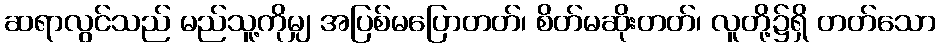
ဆရာလွင်သည် မည်သူ့ကိုမျှ အပြစ်မပြောတတ်၊ စိတ်မဆိုးတတ်၊ လူတို့၌ရှိ တတ်သော